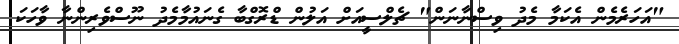
"އަހަރެމެން އެކަމާ މެދު ވިސްނާނަން" ޗެލްސީއަށް އަލުން ޑްރޮގްބާ ގެނައުމާމެދު ނޫސްވެރިންނާ ވާހަކަ